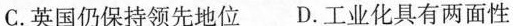
C.英国仍保持领先地位 D.工业化具有两面性